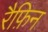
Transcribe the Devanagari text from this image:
रैफ़िन